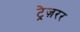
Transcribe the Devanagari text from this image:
ट्रेज़रर